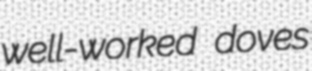
well-worked doves